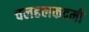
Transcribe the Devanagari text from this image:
चलहलकदमी